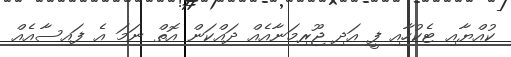
ކުއްޔާއި ޓެކުހާއި ފީ އަދި ޖޫރިމަނާއެއް ދައްކަން އޮތް ނަމަ އެ ފައިސާއެއް